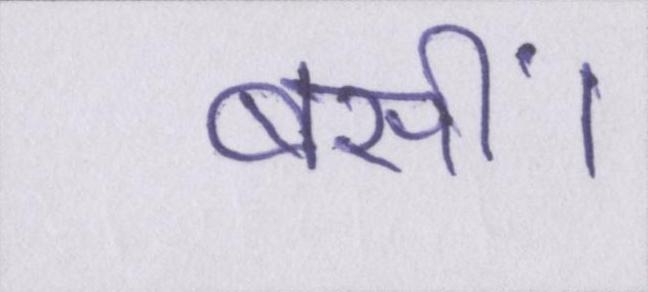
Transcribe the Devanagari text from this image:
बसीं।